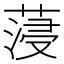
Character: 蓡